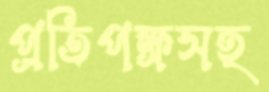
প্রতিপক্ষসহ